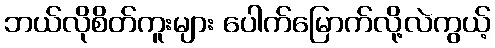
ဘယ်လိုစိတ်ကူးများ ပေါက်မြောက်လို့လဲကွယ့်